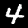
Digit: 4